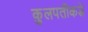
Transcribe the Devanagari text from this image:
कुलपतीकडे